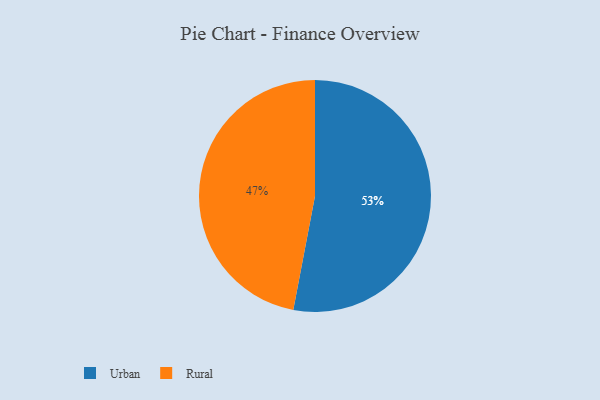
{"axis": {"x": "Category", "y": "Percentage"}, "legend": ["Rural", "Urban"], "data": [{"x": "Rural", "y": 47, "type": "Rural"}, {"x": "Urban", "y": 53, "type": "Urban"}]}